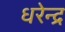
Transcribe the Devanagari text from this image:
धरेन्द्र